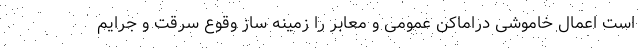
است اعمال خاموشی دراماکن عمومی و معابر را زمینه ساز وقوع سرقت و جرایم